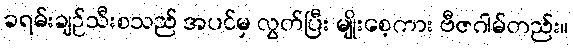
ခရမ်းချဉ်သီးစသည် အပင်မှ လွတ်ပြီး မျိုးစေ့ကား ဗီဇဂါမ်တည်း။